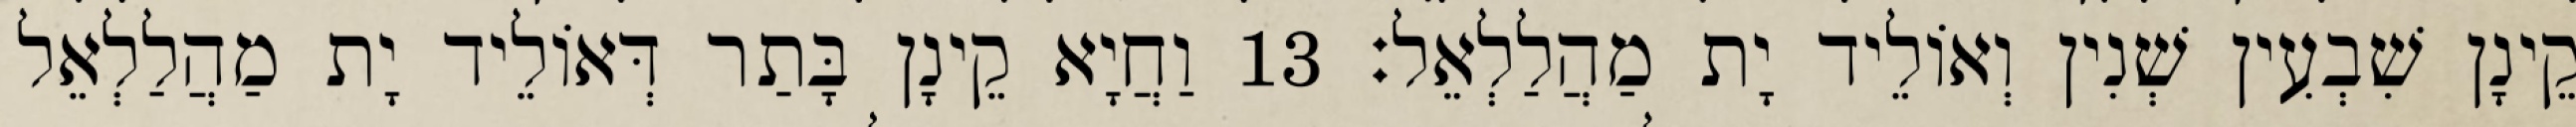
קֵינָן שִׁבְעִין שְׁנִין וְאוֹלֵיד יָת מַהֲלַלְאֵל׃ 13 וַחֲיָא קֵינָן בָּתַר דְּאוֹלֵיד יָת מַהֲלַלְאֵל